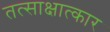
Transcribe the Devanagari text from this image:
तत्साक्षात्कार